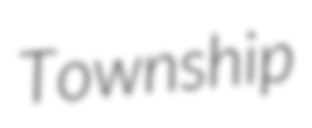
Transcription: Township